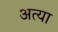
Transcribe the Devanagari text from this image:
अत्या